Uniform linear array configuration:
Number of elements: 48
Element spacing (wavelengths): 0.75
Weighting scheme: uniform
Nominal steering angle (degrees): -60
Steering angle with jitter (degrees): -59.003
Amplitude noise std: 0.05
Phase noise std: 0.05

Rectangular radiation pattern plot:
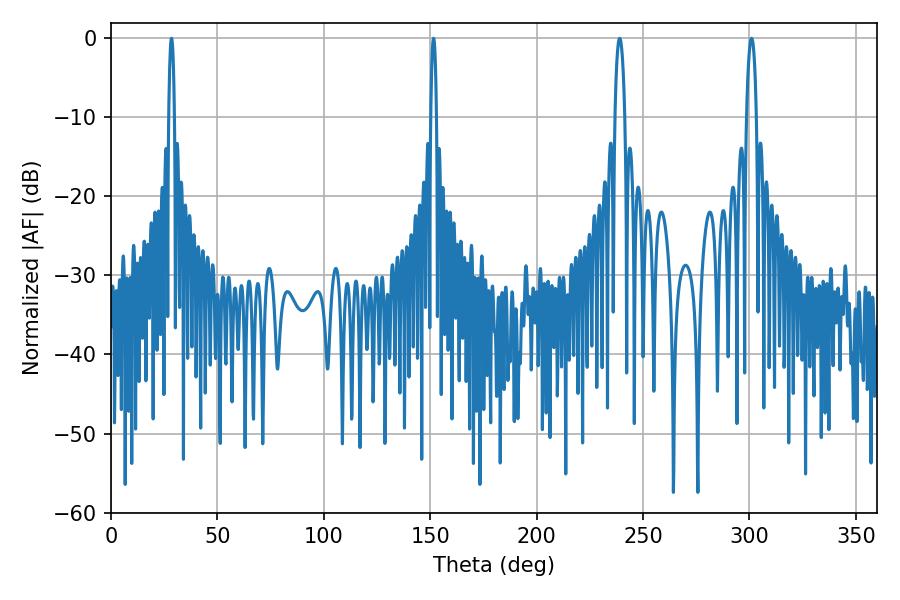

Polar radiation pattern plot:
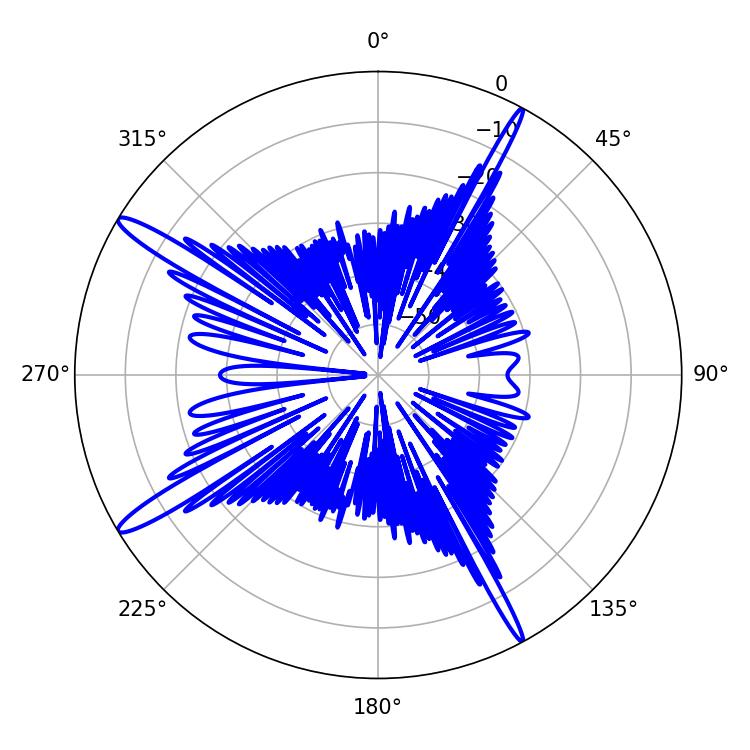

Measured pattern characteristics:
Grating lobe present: TRUE
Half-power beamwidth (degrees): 1.44
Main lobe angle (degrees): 28.44